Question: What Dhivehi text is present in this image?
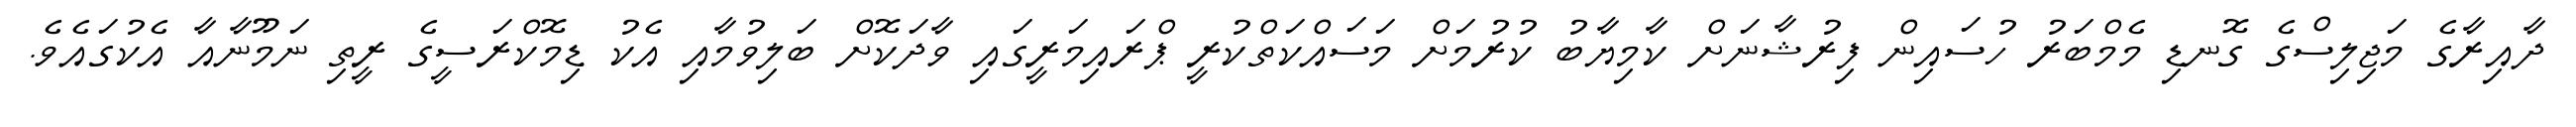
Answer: ދާއިރާގެ މަޖިލިސްގެ ގޮނޑި މެމްބަރު ހުސައިން ފިރުޝާނަށް ކާމިޔާބު ކުރުމަށް މަސައްކަތްކުރީ ޕްރައިމަރީގައި ވާދަކޮށް ބަލިވުމާއި އެކު ޑިމޮކްރަސީގެ ރީތި ނަމޫނާއާ އެކުގައެވެ.